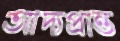
আদ্যপ্রান্ত